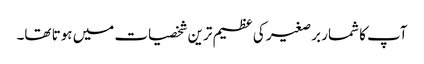
آپ کا شمار برصغیر کی عظیم ترین شخصیات میں ہوتا تھا۔